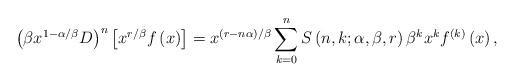
LaTeX: \begin{align*}\left( \beta x^{1-\alpha/\beta}D\right) ^{n}\left[ x^{r/\beta}f\left(x\right) \right] =x^{\left( r-n\alpha\right) /\beta}\sum_{k=0}^{n}S\left(n,k;\alpha,\beta,r\right) \beta^{k}x^{k}f^{\left( k\right) }\left(x\right) ,\end{align*}